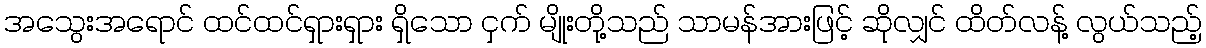
အသွေးအရောင် ထင်ထင်ရှားရှား ရှိသော ငှက် မျိုးတို့သည် သာမန်အားဖြင့် ဆိုလျှင် ထိတ်လန့် လွယ်သည့်